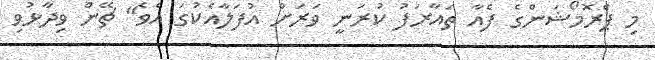
މި ޕްރޮމޯޝަންގެ ފެއާ ތައާރަފު ކުރަނީ ވަރަށް އުފަލާއެކުގަ އެވެ" ޗޭން ވިދާޅުވި